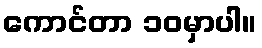
ကောင်တာ ၁၀မှာပါ။